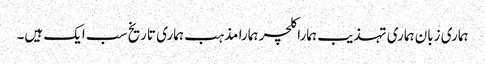
ہماری زبان ہماری تہذیب ہمارا کلچر ہمارا مذہب ہماری تاریخ سب ایک ہیں۔